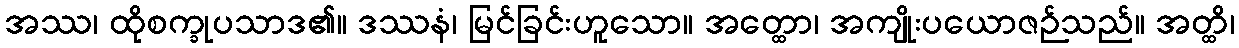
အဿ၊ ထိုစက္ခုပသာဒ၏။ ဒဿနံ၊ မြင်ခြင်းဟူသော။ အတ္ထော၊ အကျိုးပယောဇဉ်သည်။ အတ္ထိ၊